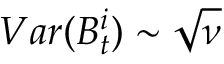
V a r ( B _ { t } ^ { i } ) \sim \sqrt \nu